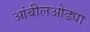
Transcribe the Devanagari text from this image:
आंबीलओढ्या